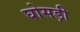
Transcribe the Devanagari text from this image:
घोसड़ी